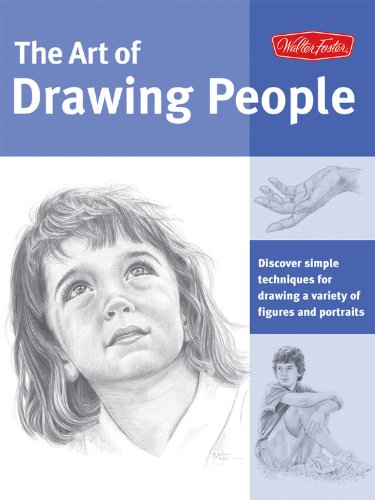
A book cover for Art of Drawing People: Discover simple techniques for drawing a variety of figures and portraits (Collector's Series); Debra Kauffman Yaun; Arts & Photography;